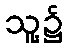
သူ့၌